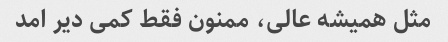
مثل همیشه عالی، ممنون فقط کمی دیر امد